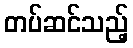
တပ်ဆင်သည့်